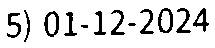
5) 01-12-2024